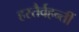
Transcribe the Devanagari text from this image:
हस्तैर्वहन्तीं